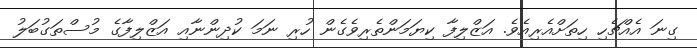
ގިނަ އެއްޗެހި ހިތަށްއެރިއެވެ. އަޒްލިފާ ކިޔަމަންތެރިވެގެން ހުރި ނަމަ ކުދިންނާއި އަޒްލިފާގެ މުސްތަގުބަލު